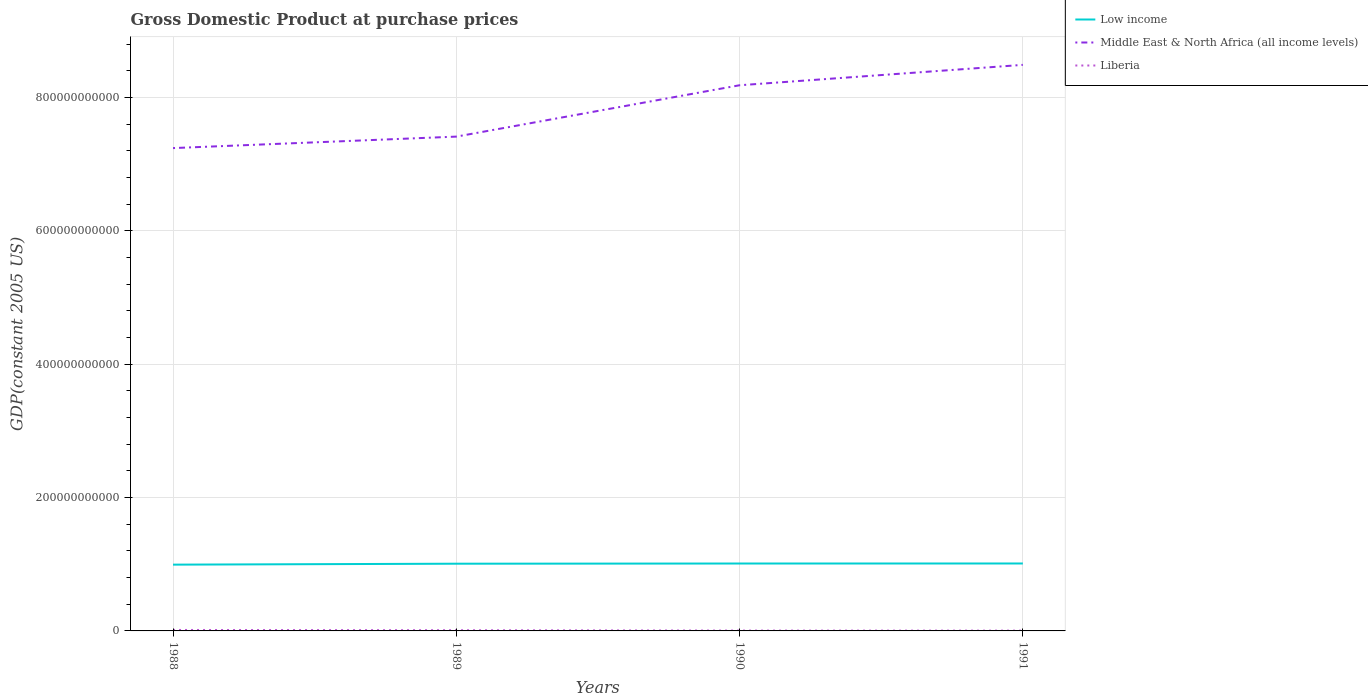
| Years | Low income | Middle East & North Africa (all income levels) | Liberia |
 | --- | --- | --- | --- |
 | 1988 | 9.94e+10 | 7.24e+11 | 1.44e+09 |
 | 1989 | 1.01e+11 | 7.41e+11 | 1.06e+09 |
 | 1990 | 1.01e+11 | 8.19e+11 | 5.18e+08 |
 | 1991 | 1.01e+11 | 8.49e+11 | 4.44e+08 |